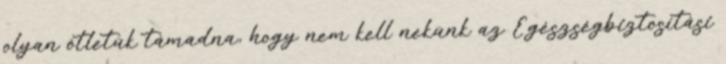
olyan ötletük támadna, hogy nem kell nekünk az Egészségbiztosítási